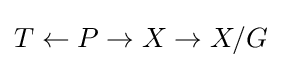
T\leftarrow P\to X\to X/G